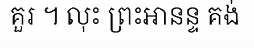
គួរ ។ លុះ ព្រះអានន្ទ គង់